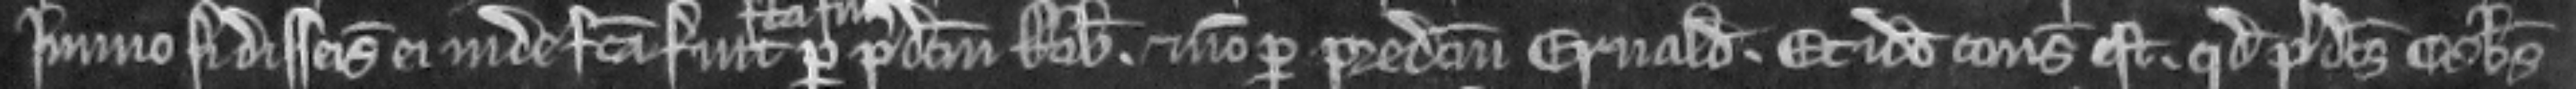
Immo si disseisina ei inde facta fuit per predictum Robertum. et non per predictum Ernaldum. Et ideo consideratum est. quod predictus Osbertus